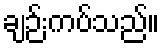
ချဉ်းကပ်သည်။